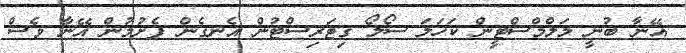
އޭނާ ބުނީ މަލްމްސްޓީން ކަހަލަ ސޯލޯ ގިޓަރިސްޓުން އެނގެން ފެށުމުން އޭނާ ވެސް